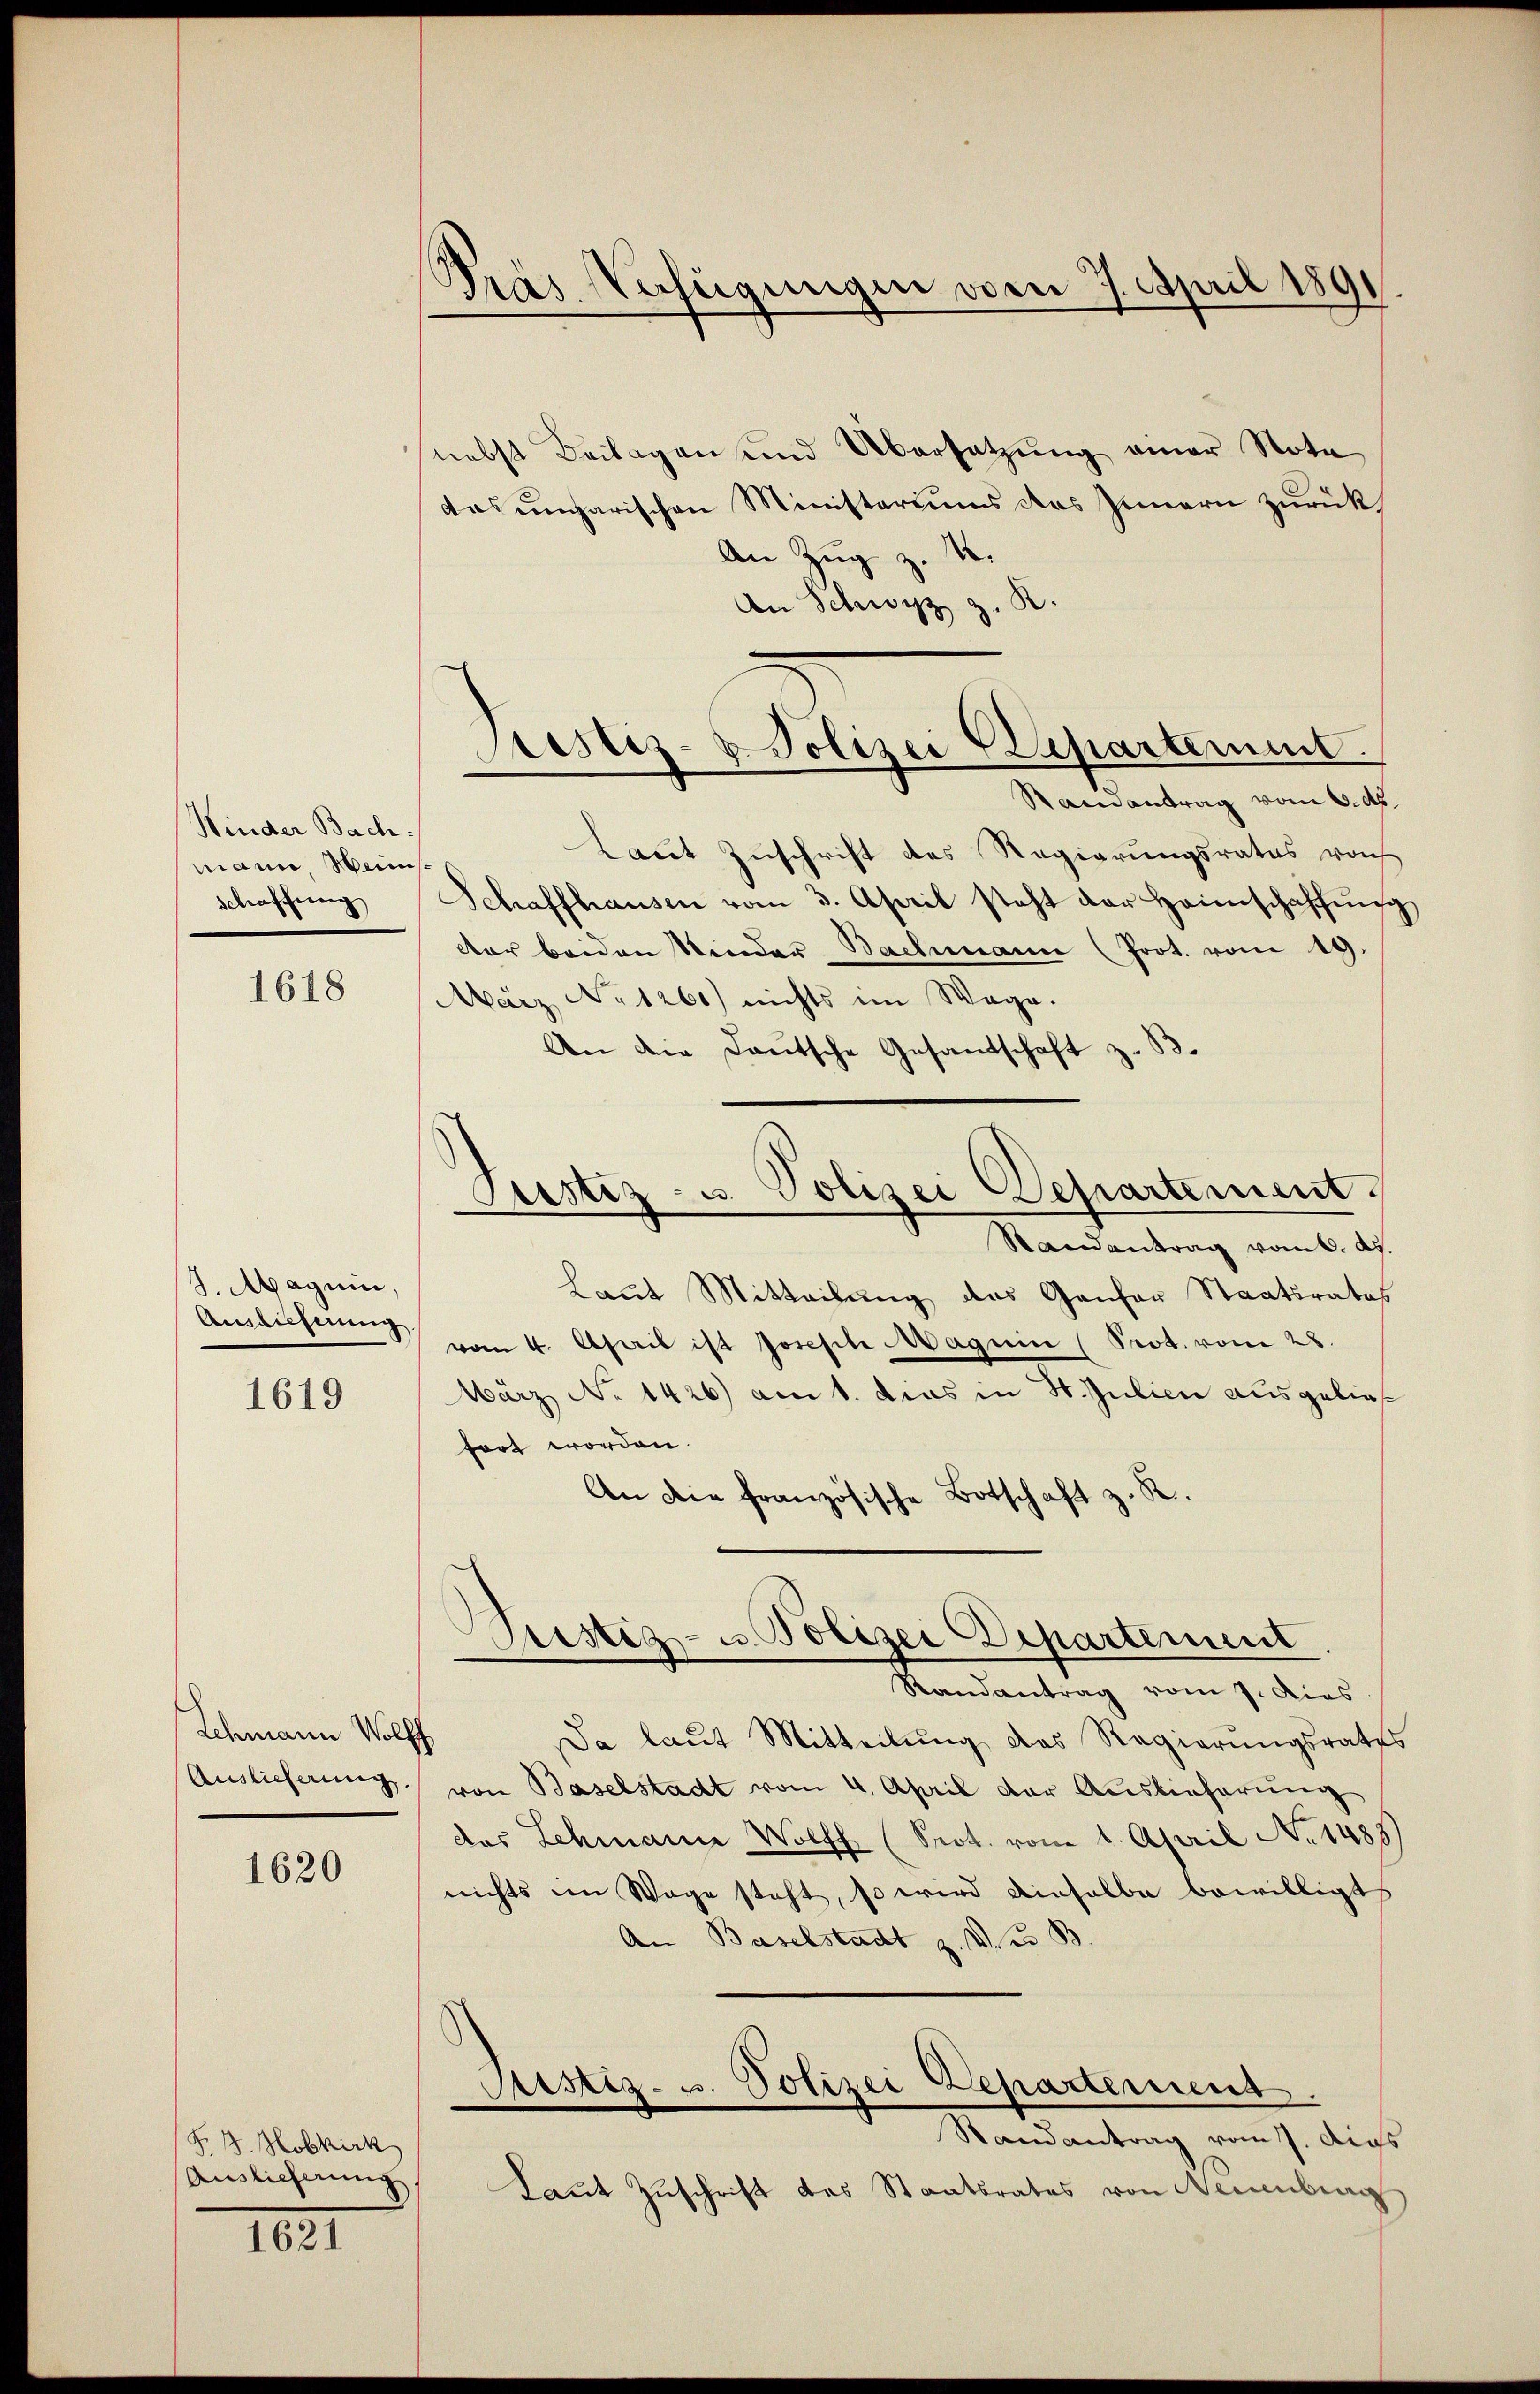
Hinder Bach
mann, Mein
schaffung

1618

J. Magnie,
Annlicherung

1619

Schmann Wolff
Auslieferung.

1620

F. B. Hobkirk
Auslieferung.

1621

Pras Verfügungen vom 7. April 1891

nebst Beilagen und Übersetzung einer Nota
das ungarischen Ministeriums des Innern zurück
An Zug z. 4.
An Schwyz z. B.
Laut Zuschrift des Regierungsrates von
Schaffhausen vom 3. April steht der Heimschaffung
der beiden Kinder Bachmann (Prot. vom 19.
März No 1260) nichts im Wege.
An die Deutsche Gesandschaft z. B.
Randantrag vom 6. Ap.
Laut Mitteilung des Ganfer Staatsrates
vom 4. April ist Joseph Magnin (Prot. vom 28.
März No 1426) am 1. dies in H. Julien ausgelief
fort worden.
An die französische Botschaft z. R.
Justiz- u. Polizei Departement
Randantrag vom 7. dies
Da laŭt Mitteilŭng das Regierŭngsrates
von Baselstadt vom 4. April der Auslieferung
des Lehmann Wolff (Prot. vom 1. April No 1485)
nichts im Wage steht, so wird einhalbe bewilligt
An Baselstadt z. des B
Justiz- u. Polizei Departement.
Randantrag vom 7. dies
Laut Zuschrift des Staatsrates von Neuenburg

Prestiz-Polizei Departement.
Randantrag vom 6. d.

Justiz- u. Polizei Departement.